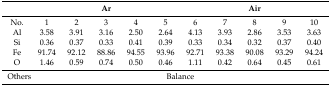
|  | <COLSPAN=5> Ar | <COLSPAN=5> Air |
 | --- | --- | --- | --- | --- | --- | --- | --- | --- | --- | --- |
 | No. | 1 | 2 | 3 | 4 | 5 | 6 | 7 | 8 | 9 | 10 |
 | Al | 3.58 | 3.91 | 3.16 | 2.50 | 2.64 | 4.13 | 3.93 | 2.86 | 3.53 | 3.63 |
 | Si | 0.36 | 0.37 | 0.33 | 0.41 | 0.39 | 0.33 | 0.34 | 0.32 | 0.37 | 0.40 |
 | Fe | 91.74 | 92.12 | 88.86 | 94.55 | 93.96 | 92.71 | 93.38 | 90.08 | 93.29 | 94.24 |
 | O | 1.46 | 0.59 | 0.74 | 0.50 | 0.46 | 1.11 | 0.42 | 0.64 | 0.45 | 0.61 |
 | Others | <COLSPAN=10> Balance |